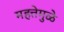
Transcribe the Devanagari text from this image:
महत्तेमुळे